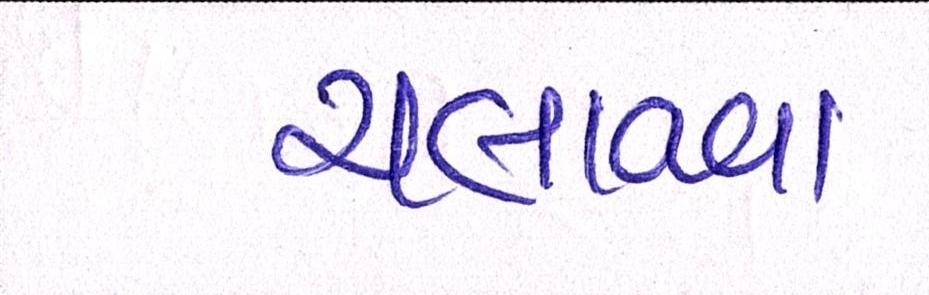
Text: ચલાવવા